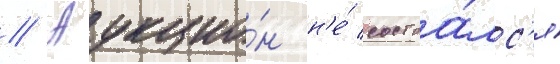
// Аукцио́н н'е́ состоа́лс'я